Report on plague and inoculation in the Punjab from October 1st ... to September 30th..., being the ... season of plague in the province
Disease focus: Plague
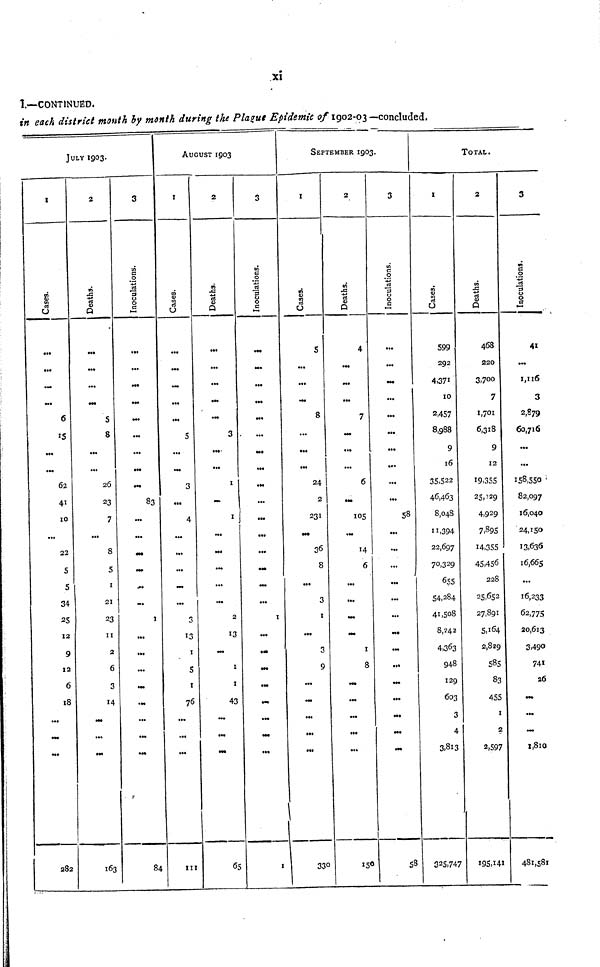
xi
I.—CONTINUED.
in each district month by month during the Plague Epidemic of 1902-03—concluded.
JULY 1903.
1
Cases.
...
...
...
•••
6
15
...
...
62
41
10
...
22
5
5
34
25
12
9
12
6
18
...
...
...
282
2
Deaths.
...
...
...
...
5
8
...
...
26
23
7
...
8
5
1
21
23
11
2
6
3
14
...
...
...
163
3
Inoculations.
...
...
...
...
...
...
...
...
...
83
...
...
...
...
...
...
1
...
...
...
...
...
...
...
...
84
AUGUST 1903
1
Cases.
...
...
...
...
...
5
...
...
3
...
4
...
...
...
...
...
3
...
1
5
1
76
...
...
...
111
2
Deaths.
...
....
...
...
...
3
...
...
1
...
1
...
...
...
...
...
2
13
...
1
1
43
...
...
...
65
3
Inoculations.
...
...
...
...
...
...
...
...
...
...
...
...
...
...
...
...
1
...
...
...
...
...
...
...
...
1
SEPTEMBER 1903.
1
Cases.
5
...
...
...
8
...
...
...
24
2
231
...
36
8
...
3
1
...
3
9
...
...
...
...
...
330
2
Deaths.
4
...
...
...
7
...
...
...
6
...
105
...
14
6
...
...
...
...
1
8
...
...
...
...
...
150
3
Inoculations.
...
...
...
...
...
...
...
...
...
...
58
...
...
...
...
...
...
...
...
...
...
...
...
...
...
58
TOTAL.
1
Cases.
599
292
4,371
10
2,457
8,988
9
16
35,522
46,463
8,048
11,394
22,697
70,329
655
54,284
41,508
8,242
4,363
948
129
603
3
4
3,813
325,747
2
Deatjs/
468
220
3,700
7
1,701
6,318
9
12
19,355
25,029
4,929
7,895
14,355
45,456
228
25,652
27,891
5,164
2,829
585
83
455
1
2
2,597
195,141
3
Inoculations.
41
...
1,116
3
2,879
60,716
...
...
158,550
82,097
16,040
24,150
13,636
16,665
...
16,233
62,775
20,613
3,490
741
26
...
...
...
1,810
481,581